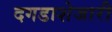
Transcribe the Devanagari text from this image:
दगडाशेजारी